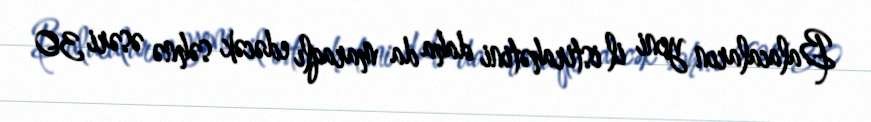
Balacaların yeni il istirahətini daha da maraqlı edəcək səhnə əsəri 30